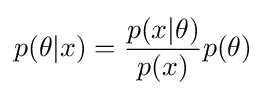
p(\theta |x)={\frac {p(x|\theta )}{p(x)}}p(\theta )